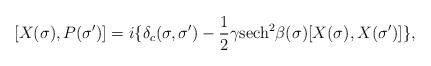
LaTeX: \begin{align*} [X(\sigma),P(\sigma')]=i\{\delta _c(\sigma,\sigma')- \frac{1}{2}\gamma \textrm{sech}^2\beta(\sigma)[X(\sigma),X(\sigma')]\},\end{align*}